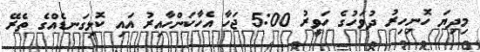
މިދިޔަ ހޮނިހިރު ދުވަހުގެ ހަވީރު 5:00 ޖަހާ އެހާކަންހާއިރު އައި ކޮޅިގަނޑެއްގެ ތެރޭ